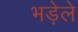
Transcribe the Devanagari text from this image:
भड़ेले